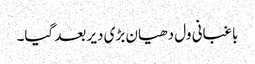
باغبانی ول دھیان بڑی دیر بعد گیا۔